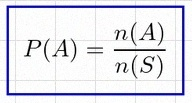
P(A)=\frac{n(A)}{n(S)}